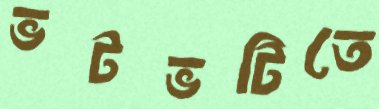
ভটভটিতে